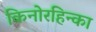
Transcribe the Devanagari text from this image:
किनोरहिन्का